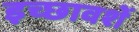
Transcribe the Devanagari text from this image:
इच्छावशें